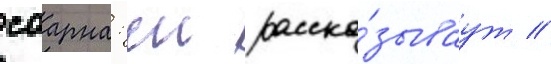
саарна: еи расска́зываут /